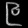
Digit: ၉